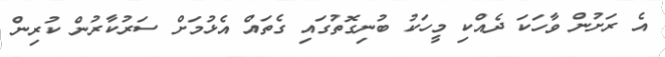
އެ ރަށުން ވާހަކަ ދެއްކި މީހަކު ބުނިގޮތުގައި ގެތައް އެޅުމަށް ސަރުކާރުން ކުރިން